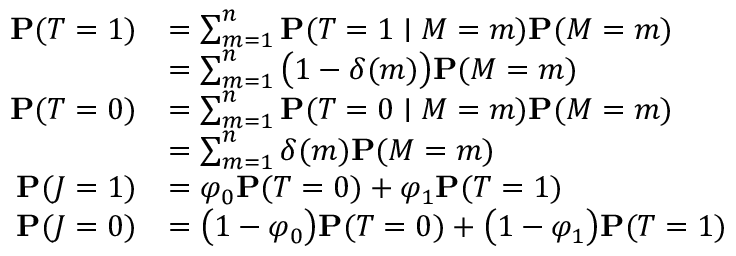
\begin{array} { r l } { \mathbf { P } ( T = 1 ) } & { = \sum _ { m = 1 } ^ { n } \mathbf { P } ( T = 1 \mid M = m ) \mathbf { P } ( M = m ) } \\ & { = \sum _ { m = 1 } ^ { n } \big ( 1 - \delta ( m ) \big ) \mathbf { P } ( M = m ) } \\ { \mathbf { P } ( T = 0 ) } & { = \sum _ { m = 1 } ^ { n } \mathbf { P } ( T = 0 \mid M = m ) \mathbf { P } ( M = m ) } \\ & { = \sum _ { m = 1 } ^ { n } \delta ( m ) \mathbf { P } ( M = m ) } \\ { \mathbf { P } ( J = 1 ) } & { = \varphi _ { 0 } \mathbf { P } ( T = 0 ) + \varphi _ { 1 } \mathbf { P } ( T = 1 ) } \\ { \mathbf { P } ( J = 0 ) } & { = \big ( 1 - \varphi _ { 0 } \big ) \mathbf { P } ( T = 0 ) + \big ( 1 - \varphi _ { 1 } \big ) \mathbf { P } ( T = 1 ) } \end{array}